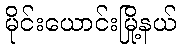
မိုင်းယောင်းမြို့နယ်